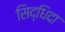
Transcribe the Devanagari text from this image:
सिद्धिदा